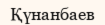
Қүнанбаев